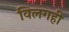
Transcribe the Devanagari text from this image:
विलगही